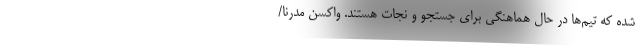
شده که تیم‌ها در حال هماهنگی برای جستجو و نجات هستند. واکسن مدرنا/